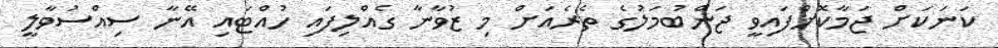
ކަނަކަށް ޖަމާކޮށްފައިވީ ޖަންބުމަލުގެ ތެރެއަށް މި ޒުވާނާ ގެއްލިފައި ހުއްޓައި އޭނާ ސިއްސުވާލީ